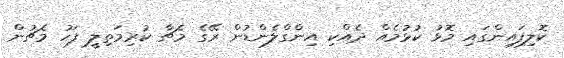
ކޮލިފައިންގައި މޮޅު ކުޅުމެއް ދެއްކި އިންގްލެންޑުން ރޭގެ މެޗާ ކުރިމަތިލީ ފަހު މެޗުން